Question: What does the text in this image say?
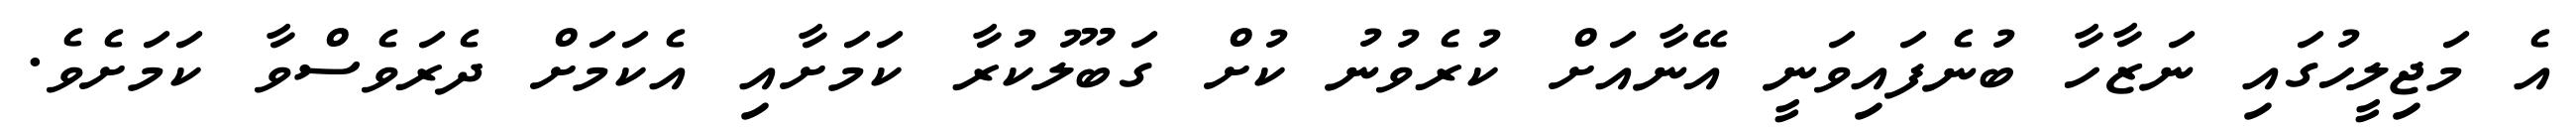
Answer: އެ މަޖިލީހުގައި ނަޒާހާ ބުނެފައިވަނީ އޭނާއަށް ކުރެވުނު ކުށް ގަބޫލުކުރާ ކަމަށާއި އެކަމަށް ދެރަވެސްވާ ކަމަށެވެ.